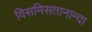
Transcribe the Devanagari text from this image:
विसमिसतानान्दा